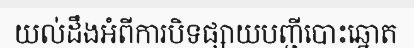
យល់ដឹងអំពីការបិទផ្សាយបញ្ជីបោះឆ្នោត